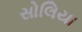
સોલિયા